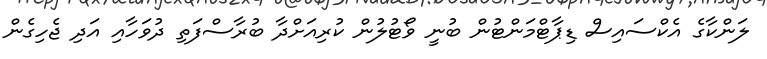
ލަންކާގެ އެކްސައިސް ޑިޕާޓްމަންޓުން ބުނީ ވޯޓުލުން ކުރިއަށްދާ ބުރާސްފަތި ދުވަހާއި އަދި ޖެހިގެން